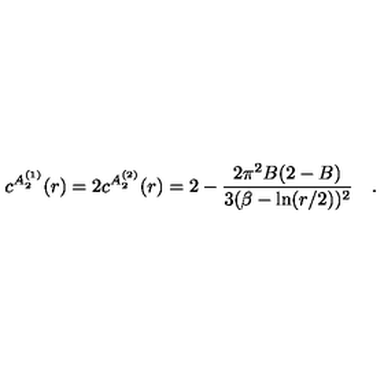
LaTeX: c ^ { A _ { 2 } ^ { ( 1 ) } } ( r ) = 2 c ^ { A _ { 2 } ^ { ( 2 ) } } ( r ) = 2 - \frac { 2 \pi ^ { 2 } B ( 2 - B ) } { 3 ( \beta - \ln ( r / 2 ) ) ^ { 2 } } \quad .